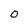
Character: O